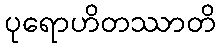
ပုရောဟိတဿာတိ